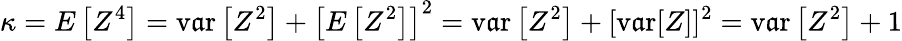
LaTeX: \kappa=E\left[Z^{4}\right]=\operatorname{v\mathfrak{a}r}\left[Z^{2}\right]+\left[E\left[Z^{2}\right]\right]^{2}=\operatorname{v\mathfrak{a}r}\left[Z^{2}\right]+[\operatorname{v\mathfrak{a}r}[Z]]^{2}=\operatorname{v\mathfrak{a}r}\left[Z^{2}\right]+1